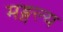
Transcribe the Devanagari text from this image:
मङ्गल्य